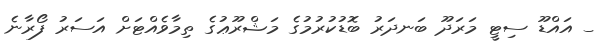
_ އައްޑޫ ސިޓީ މަރަދޫ ބަނދަރު ބޮޑުކުރުމުގެ މަޝްރޫޢުގެ ތިމާވެއްޓަށް އަސަރު ފޯރާނެ